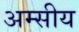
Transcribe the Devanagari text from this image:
अम्सीय